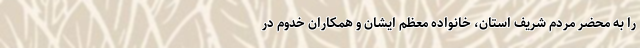
را به محضر مردم شریف استان، خانواده معظم ایشان و همکاران خدوم در